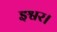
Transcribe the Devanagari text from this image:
इश्वर।